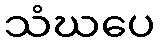
သံဃပေ